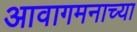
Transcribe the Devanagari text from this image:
आवागमनाच्या